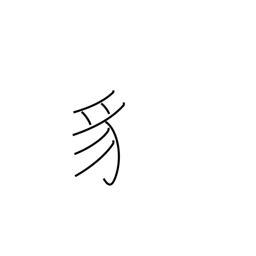
Meaning: snake